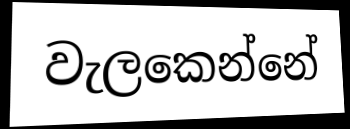
වැලකෙන්නේ